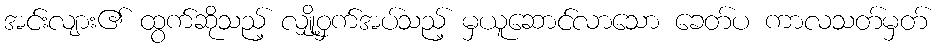
အင်းလျား၏ ထွက်ဆိုသည့် လျှို့ဝှက်အပ်သည့် မှယူဆောင်လာသော ခေတ်ပ ကာလသတ်မှတ်